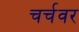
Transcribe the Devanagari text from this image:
चर्चवर